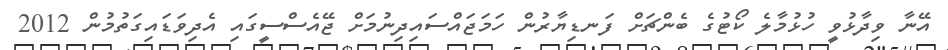
އޭނާ ވިދާޅުވީ ހުޅުމާލެ ކޯޓުގެ ބެންޗަށް ފަނޑިޔާރުން ހަމަޖައްސައިދިނުމަށް ޖޭއެސްސީގައި އެދިވަޑައިގަތުމުން 2012